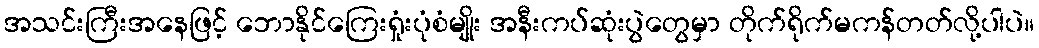
အသင်းကြီးအနေဖြင့် ဘောနိုင်ကြေးရှုံးပုံစံမျိုး အနီးကပ်ဆုံးပွဲတွေမှာ တိုက်ရိုက်မကန်တတ်လို့ပါပဲ။